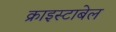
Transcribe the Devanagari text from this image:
क्राइस्टाबेल